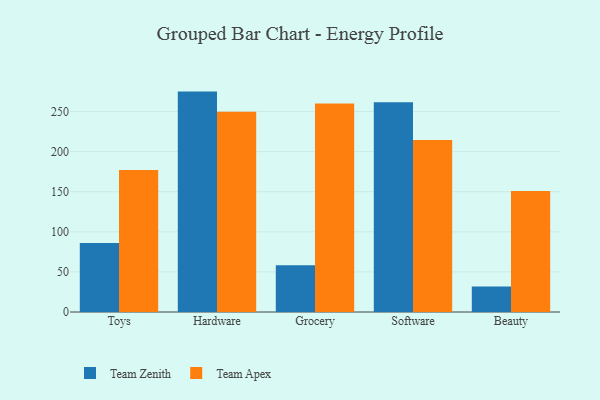
{"axis": {"x": "Category", "y": "Churn Rate (%)"}, "legend": ["Team Apex", "Team Zenith"], "data": [{"x": "Toys", "y": 86.1, "type": "Team Zenith"}, {"x": "Toys", "y": 177.1, "type": "Team Apex"}, {"x": "Hardware", "y": 274.9, "type": "Team Zenith"}, {"x": "Hardware", "y": 249.9, "type": "Team Apex"}, {"x": "Grocery", "y": 58.2, "type": "Team Zenith"}, {"x": "Grocery", "y": 260.1, "type": "Team Apex"}, {"x": "Software", "y": 261.5, "type": "Team Zenith"}, {"x": "Software", "y": 214.5, "type": "Team Apex"}, {"x": "Beauty", "y": 31.9, "type": "Team Zenith"}, {"x": "Beauty", "y": 151.0, "type": "Team Apex"}]}